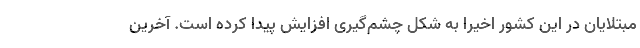
مبتلایان در این کشور اخیرا به شکل چشم‌گیری افزایش پیدا کرده است. آخرین